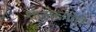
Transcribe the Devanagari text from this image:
गिलच्यांचे